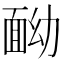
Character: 𩈏